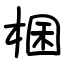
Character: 棞